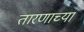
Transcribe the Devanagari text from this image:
तारणाच्या